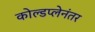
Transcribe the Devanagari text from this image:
कोल्डप्लेनंतर